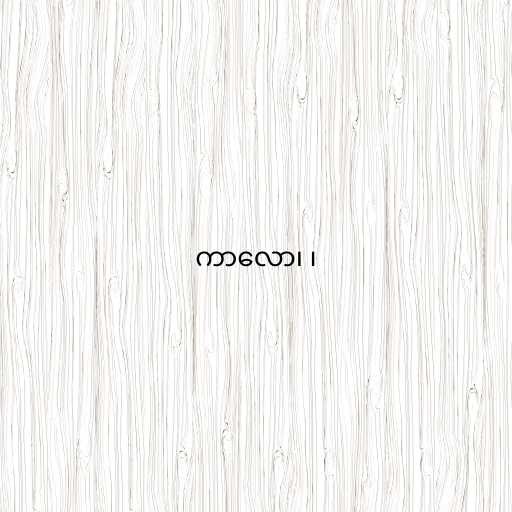
ကာလော၊ ၊